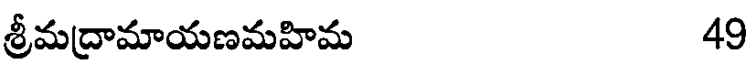
శ్రీమద్రామాయణమహిమ 49